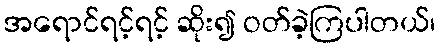
အရောင်ရင့်ရင့် ဆိုး၍ ဝတ်ခဲ့ကြပါတယ်၊